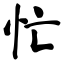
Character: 忙